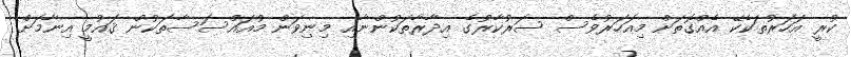
ކުރީ އަހަރުތަކެކޭ އެއްގޮތަށް މިއަހަރުވެސް ސަރުކާރުގެ އިދާރާތަކުންނާއި މިނިވަން މުއައްސަސާތަކުން ޤައުމީ އިނާމަށް